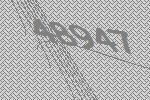
48947